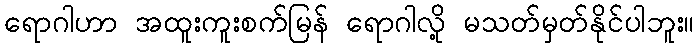
ရောဂါဟာ အထူးကူးစက်မြန် ရောဂါလို့ မသတ်မှတ်နိုင်ပါဘူး။